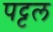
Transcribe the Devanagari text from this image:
पट्टल